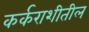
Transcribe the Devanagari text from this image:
कर्कराशीतील